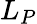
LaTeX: L_{P}